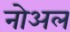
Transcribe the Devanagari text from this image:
नोअल